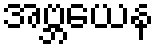
အဗ္ဘယေန